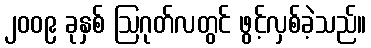
၂၀၀၉ ခုနှစ် ဩဂုတ်လတွင် ဖွင့်လှစ်ခဲ့သည်။